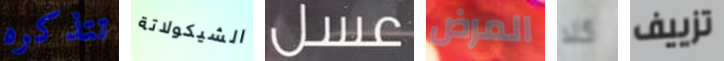
تتذكره الشيكولاتة عسل المرض كلا تزييف